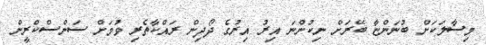
މިސާލަކަށް ބުނަންޏާ ބޭރަށް ނިކުންނަ އިރު އިރުގެ ދޯދިން ރައްކާތެރި ވުމަށް ސަންސްކްރީން